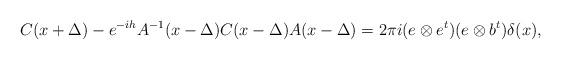
LaTeX: \begin{align*}C(x+\Delta )-e^{-ih}A^{-1}(x-\Delta )C(x-\Delta )A(x-\Delta )= 2\pi i (e\otimes e^t) (e\otimes b^t) \delta(x),\end{align*}